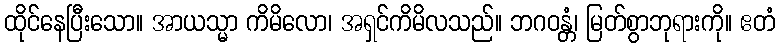
ထိုင်နေပြီးသော။ အာယသ္မာ ကိမိလော၊ အရှင်ကိမိလသည်။ ဘဂဝန္တံ၊ မြတ်စွာဘုရားကို။ ဧတံ